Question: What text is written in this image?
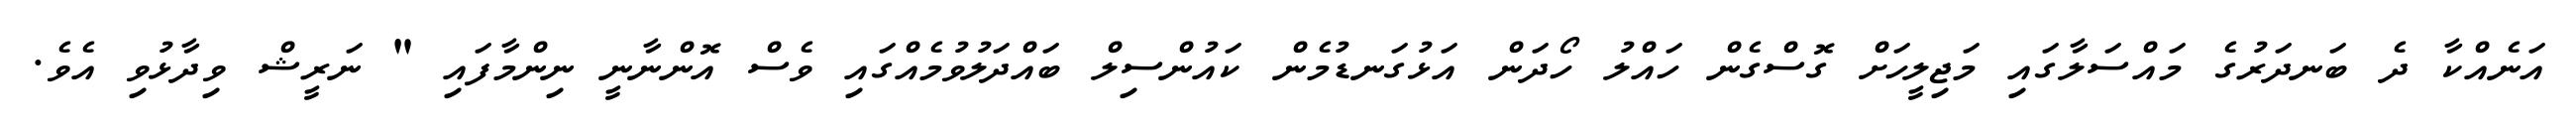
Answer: އަނެއްކާ ދެ ބަނދަރުގެ މައްސަލާގައި މަޖިލީހަށް ގޮސްގެން ހައްލު ހޯދަން އަޅުގަނޑުމެން ކައުންސިލް ބައްދަލުވުމެއްގައި ވެސް އޮންނާނީ ނިންމާފައި " ނަރީޝް ވިދާޅުވި އެވެ.